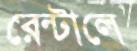
রেন্টালে